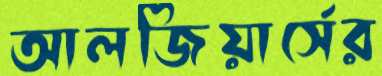
আলজিয়ার্সের